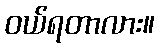
ဝယ်ရတာလား။